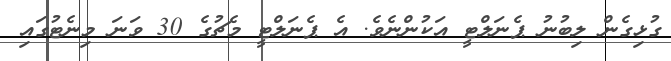
ގުޅިގެން ލިބުނު ޕެނަލްޓީ އަކުންނެވެ. އެ ޕެނަލްޓީ މެޗުގެ 30 ވަނަ މިނެޓުގައި